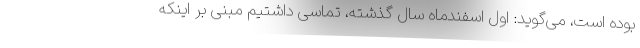
بوده است، می‌گوید: اول اسفندماه سال گذشته، تماسی داشتیم مبنی بر اینکه